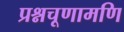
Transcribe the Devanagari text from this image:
प्रश्नचूणामणि